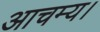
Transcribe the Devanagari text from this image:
आचम्य।